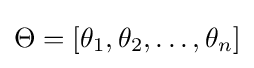
\Theta =[\theta _{1},\theta _{2},\dots ,\theta _{n}]